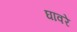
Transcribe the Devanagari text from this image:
घावरे